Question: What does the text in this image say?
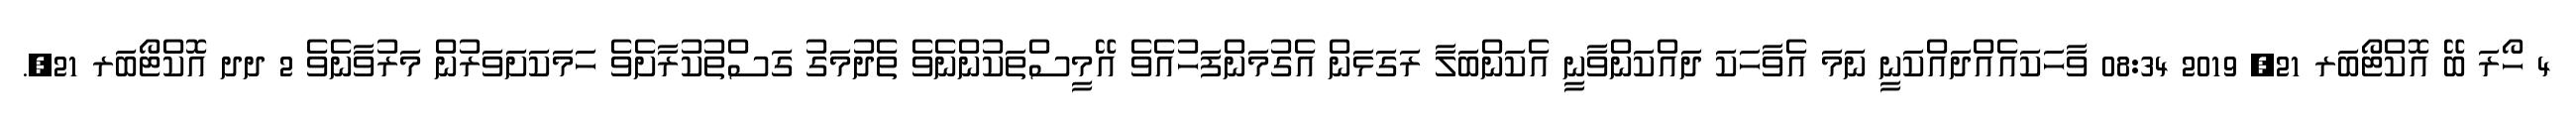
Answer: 4 ހޯރަ ބޭ އޮކްޓޯބަރ 21, 2019 08:34 ވާހަކައެއްދައްކަނީ ނަމަ އެވާހަކަ ދައްކަންވާނީ އެކަންބަލާ ރަގަޅަން އެގުމަންފަހުއެވެ އޭމީސްތަކުންނެވެ ތެދުމަގު ގަސްތުކުރާށެވެ ހަމަކަށަވަރުން މަރުވާނެވެ 2 ދދ އޮކްޓޯބަރ 21,.